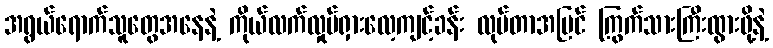
အရွယ်ရောက်သူတွေအနေနဲ့ ကိုယ်လက်လှုပ်ရှားလေ့ကျင့်ခန်း လုပ်တာအပြင် ကြွက်သားကြီးထွားဖို့နဲ့